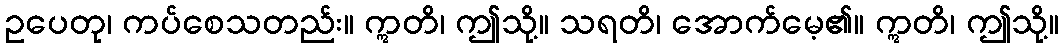
ဥပေတု၊ ကပ်စေသတည်း။ ဣတိ၊ ဤသို့။ သရတိ၊ အောက်မေ့၏။ ဣတိ၊ ဤသို့။